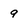
Character: 9